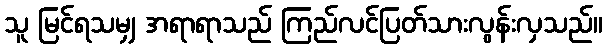
သူ မြင်ရသမျှ အရာရာသည် ကြည်လင်ပြတ်သားလွန်းလှသည်။